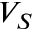
V _ { S }